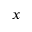
x